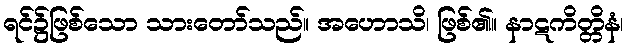
ရင်၌ဖြစ်သော သားတော်သည်။ အဟောသိ၊ ဖြစ်၏။ နာဋကိတ္တိနံ၊